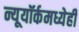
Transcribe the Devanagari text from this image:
न्यूयॉर्कमध्येही